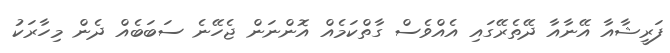
ފަރީޝާއާ އޭނާއާ ދޭތެރޭގައި އެއްވެސް ގާތްކަމެއް އޮންނަން ޖެހޭނެ ސަބަބެއް ދެން މިހާރަކު